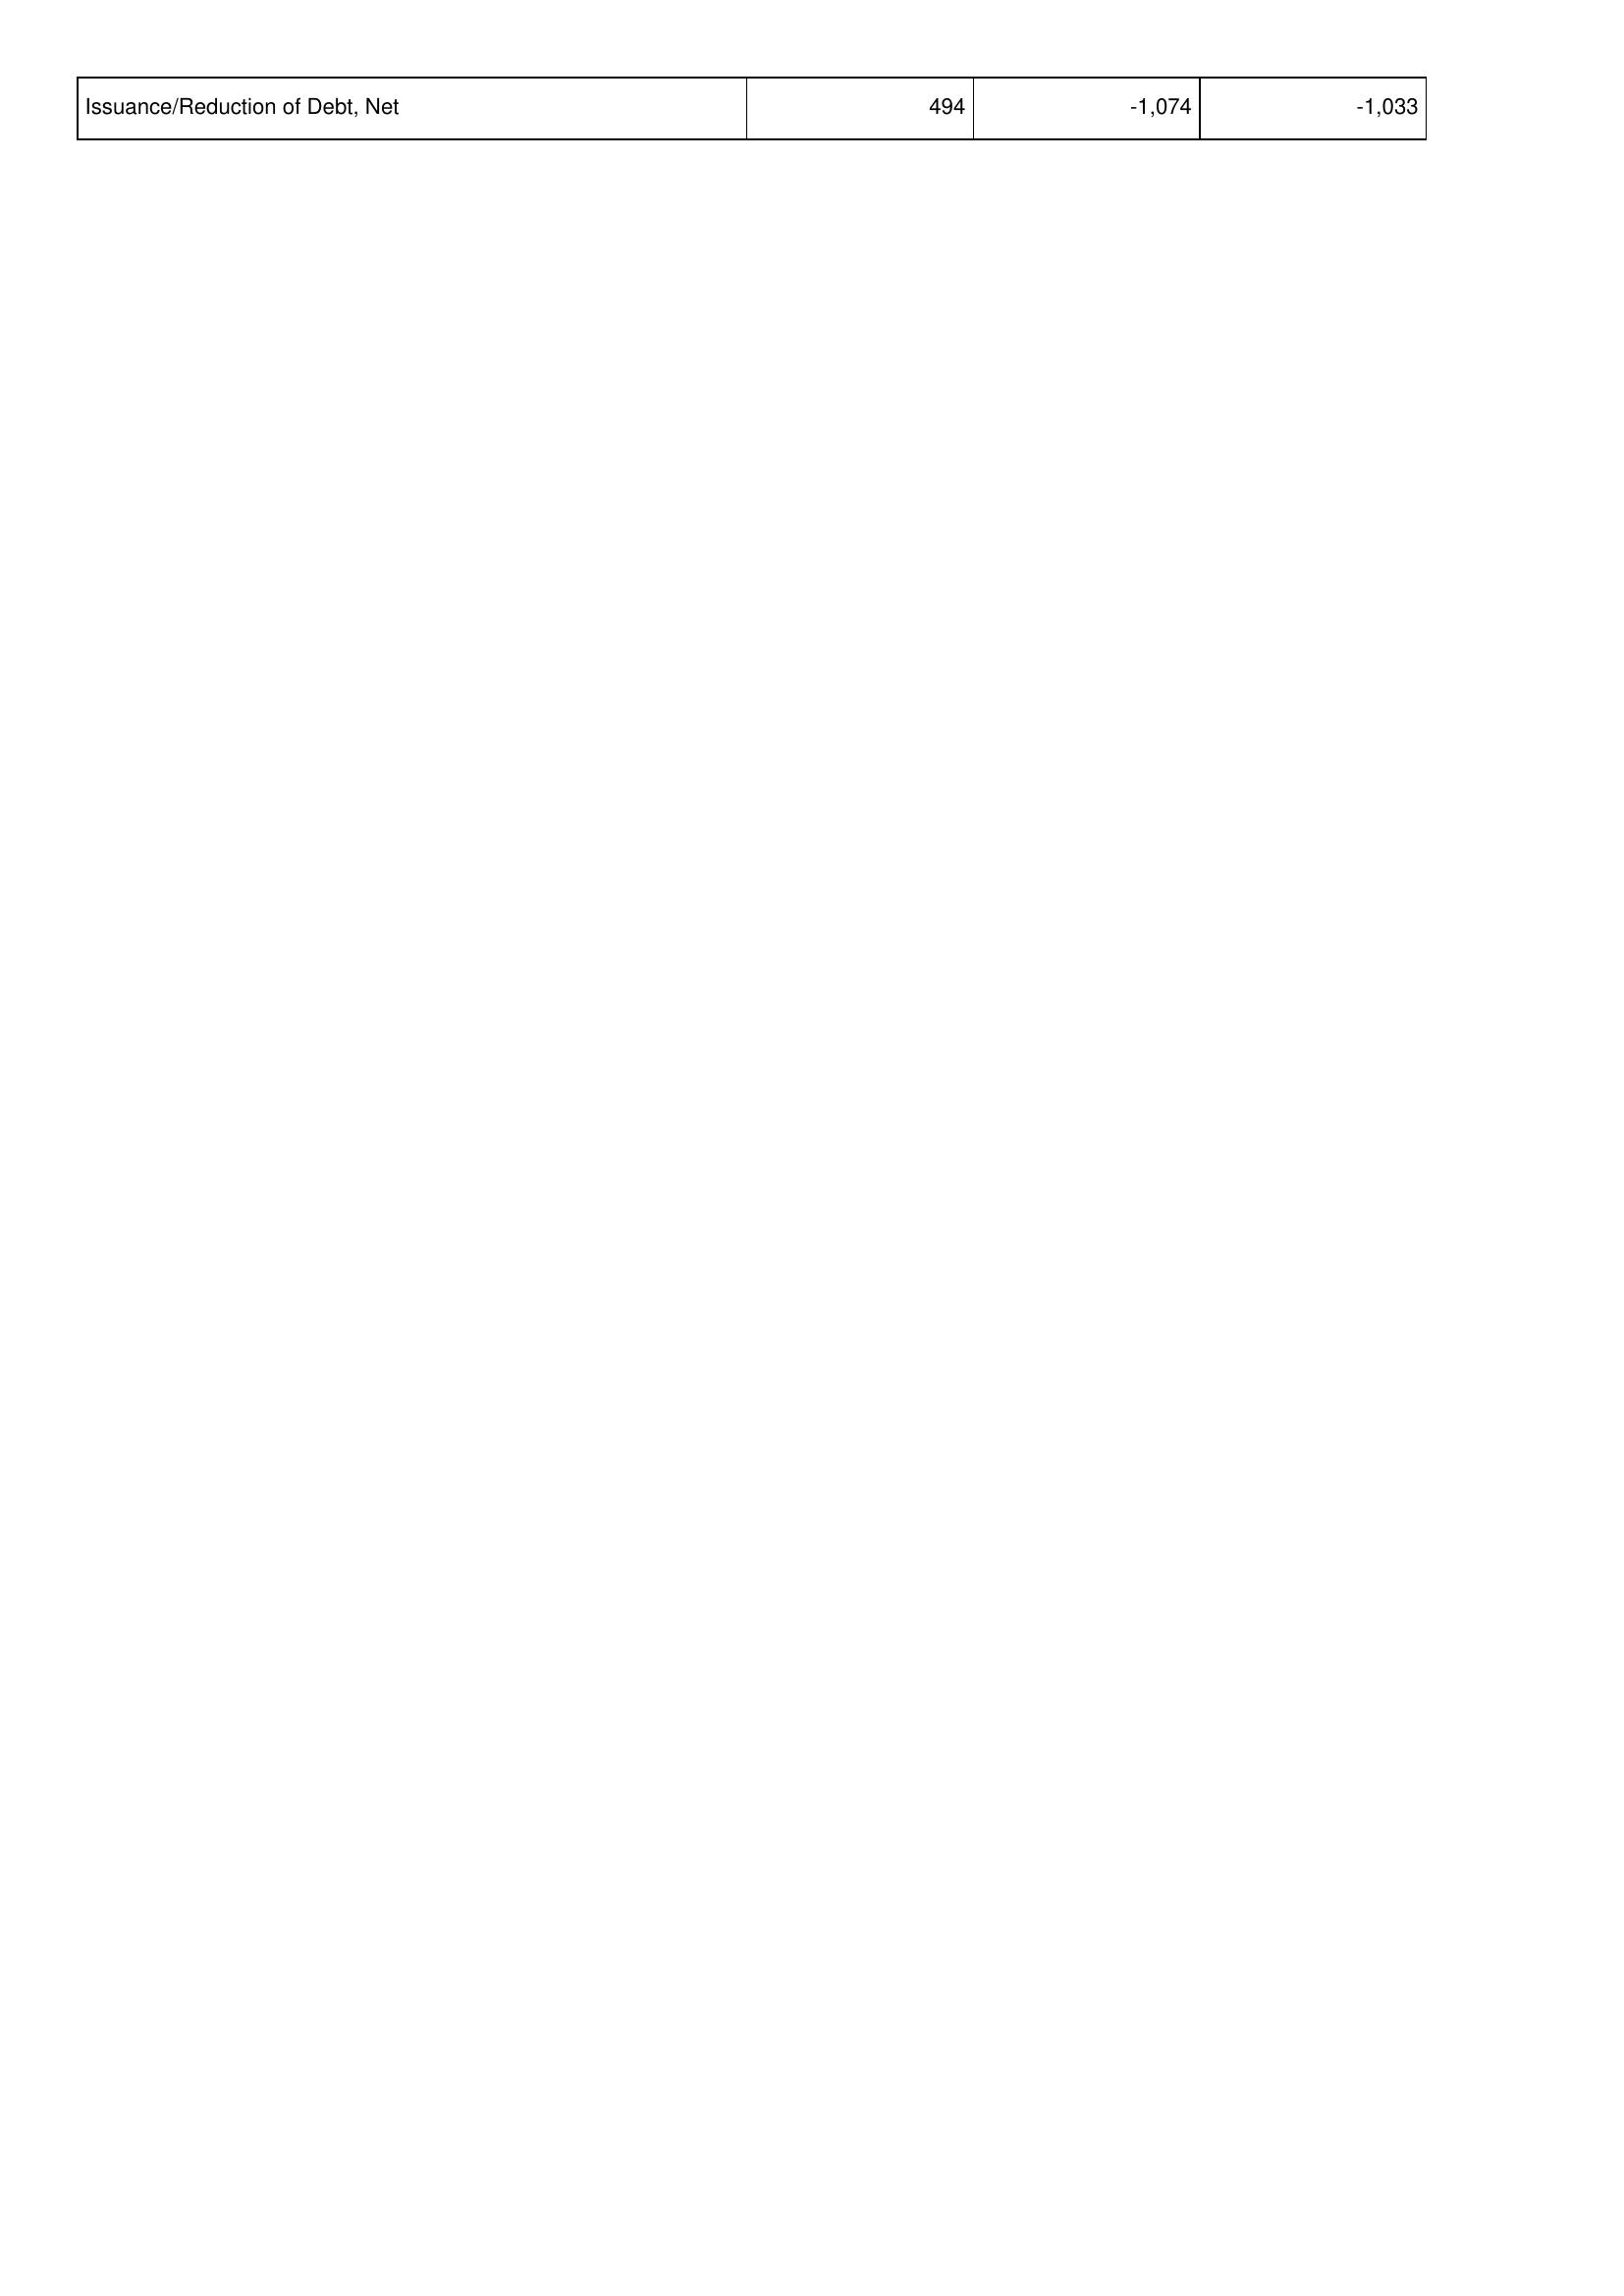
2018: Financing Activities: Issuance/Reduction of Debt, Net: 494
2017: Financing Activities: Issuance/Reduction of Debt, Net: -1,074
2016: Financing Activities: Issuance/Reduction of Debt, Net: -1,033